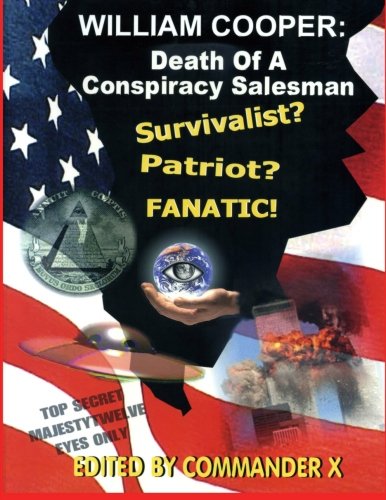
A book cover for William Cooper: Death Of A Conspiracy Salesman; Commander X; Biographies & Memoirs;